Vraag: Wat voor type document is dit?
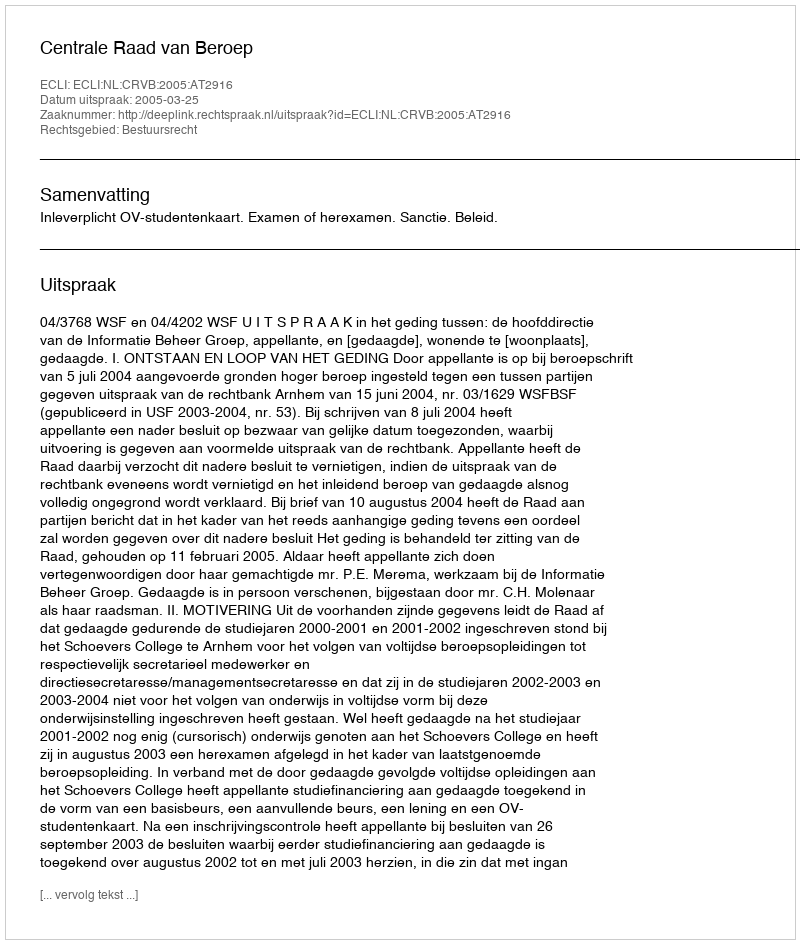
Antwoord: Uitspraak